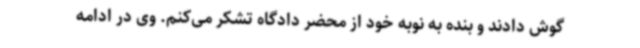
گوش دادند و بنده به نوبه خود از محضر دادگاه تشکر می‌کنم. وی در ادامه